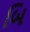
બિ